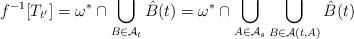
LaTeX: \begin{align*} f^{-1}[T_{t^\prime}] = \omega^*\cap\bigcup_{B\in \mathcal A_t}\hat{B}(t) = \omega^*\cap\bigcup_{A\in\mathcal A_s}\bigcup_{B\in\mathcal A(t,A)}\hat{B}(t)\end{align*}